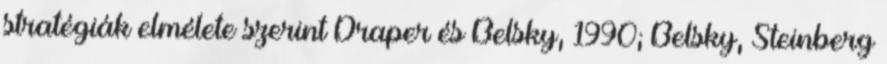
stratégiák elmélete szerint Draper és Belsky, 1990; Belsky, Steinberg